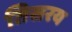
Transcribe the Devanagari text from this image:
तिसरय